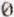
0